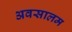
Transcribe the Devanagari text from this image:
अवसालम